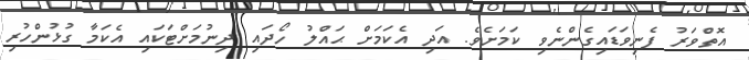
އޮތްވަރު ފެނިވަޑައިގެންނެވި ކަމަށެވެ. އަދި އެކަމަށް ޙައްލު ހޯދައި ދިނުމަށްޓަކައި އެކަމާ ގުޅުންހުރި